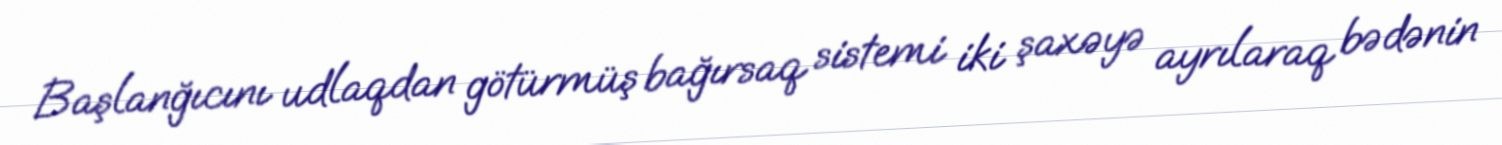
Başlanğıcını udlaqdan götürmüş bağırsaq sistemi iki şaxəyə ayrılaraq bədənin